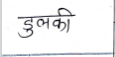
मजकूर: डुलकी